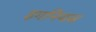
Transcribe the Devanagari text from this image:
इगनियस